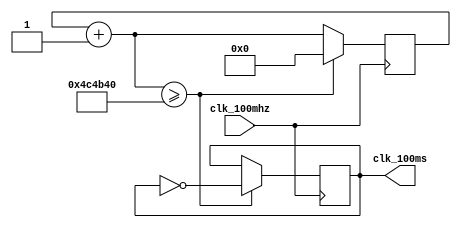
module clk_100ms(
    clk_100mhz,
    clk_100ms
);
    input wire clk_100mhz;
    output reg clk_100ms;

    reg [27:0]counter;

    initial begin
        counter = 0;
        clk_100ms = 0;
    end

    always @(posedge clk_100mhz) begin
        counter = counter + 1;
        if (counter >= 5000000) begin
            clk_100ms = ~clk_100ms;
            counter = 0;
        end
    end

endmodule